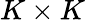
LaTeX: K\times K